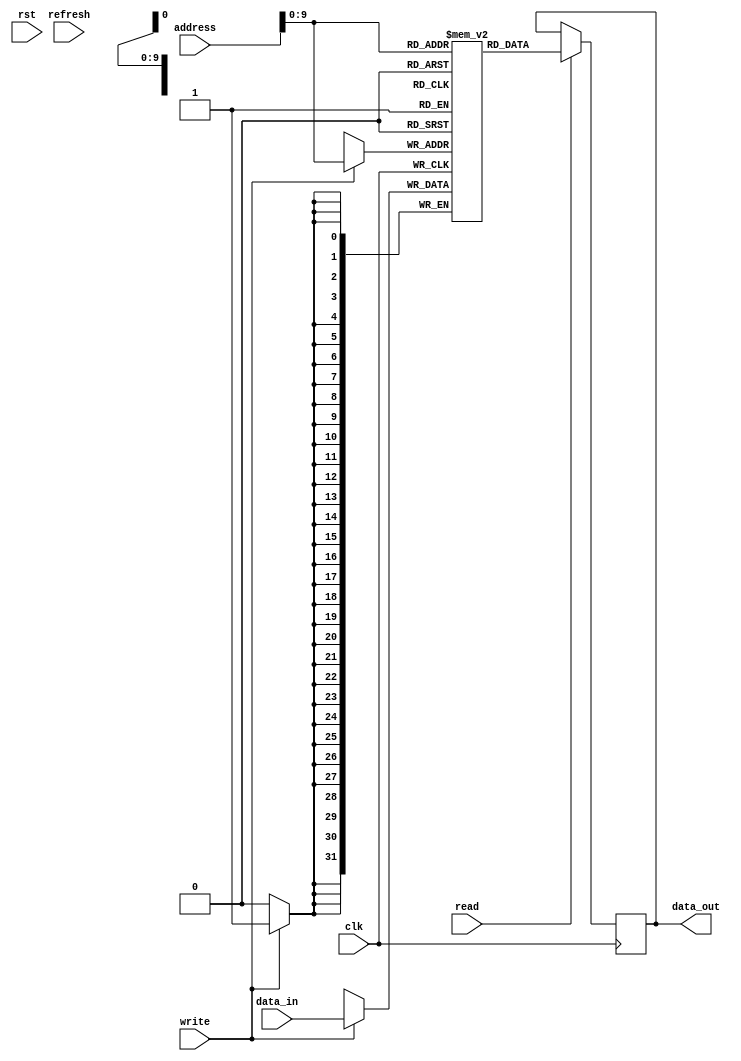
module dram (
    input wire clk,
    input wire rst,
    input wire [31:0] address,
    input wire [31:0] data_in,
    output wire [31:0] data_out,
    input wire read,
    input wire write,
    input wire refresh
);

// Internal signals
reg [31:0] memory [0:1023]; // Assuming a 1KB memory size
reg [31:0] selected_data;
reg [9:0] row;
reg [9:0] column;
reg [9:0] row_address;
reg [9:0] column_address;

// Row and Column Decoders
always @ (posedge clk or posedge rst) begin
    if (rst) begin
        row <= 10'b0;
        column <= 10'b0;
    end else begin
        row <= address[9:0];
        column <= address[19:10];
    end
end

// Read and Write operations
always @ (posedge clk) begin
    if (read) begin
        selected_data <= memory[address];
    end
    if (write) begin
        memory[address] <= data_in;
    end
end

// Data Output
always @ (*) begin
    data_out = selected_data;
end

endmodule